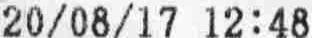
20/08/17 12:48